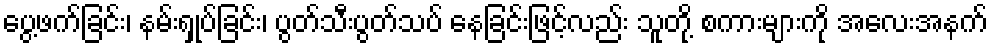
ပွေ့ဖက်ခြင်း၊ နမ်းရှုပ်ခြင်း၊ ပွတ်သီးပွတ်သပ် နေခြင်းဖြင့်လည်း သူတို့ စကားများကို အလေးအနက်